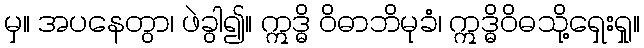
မှ။ အပနေတွာ၊ ဖဲခွါ၍။ ဣဒ္ဓိ ဝိဓာဘိမုခံ၊ ဣဒ္ဓိဝိဓသို့ရှေးရှု။